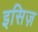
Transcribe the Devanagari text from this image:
इसिज़